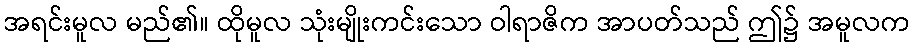
အရင်းမူလ မည်၏။ ထိုမူလ သုံးမျိုးကင်းသော ဝါရာဇိက အာပတ်သည် ဤ၌ အမူလက